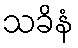
သခိနံ